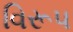
વિરૂપ